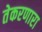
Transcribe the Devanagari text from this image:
तेकरणारा